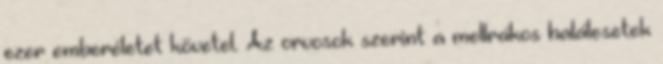
ezer emberéletet követel. Az orvosok szerint a mellrákos halálesetek